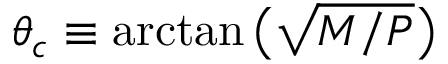
\theta _ { c } \equiv \arctan \big ( \sqrt { M / P } \big )